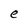
Character: e